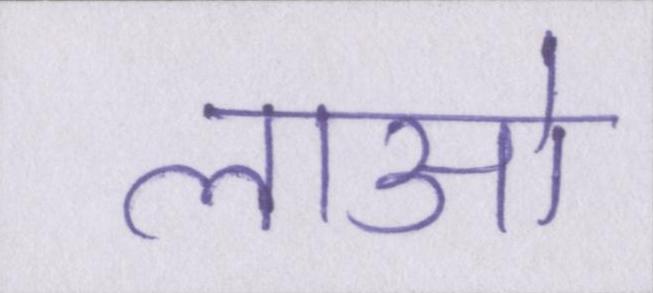
लाओ